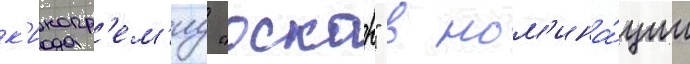
к'инопр'ем'иу "оскар" в ном'ина́ции